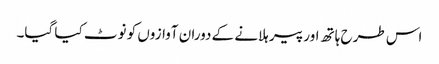
اس طرح ہاتھ اور پیر ہلانے کے دوران آوازوں کو نوٹ کیا گیا۔